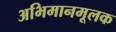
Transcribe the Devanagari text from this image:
अभिमानमूलक